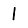
Digit: 1